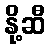
နို့ဆီ